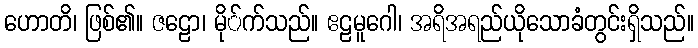
ဟောတိ၊ ဖြစ်၏။ ဇဠော၊ မို်က်သည်။ ဧဠမူဂေါ၊ အရိအရည်ယိုသောခံတွင်းရှိသည်။